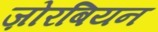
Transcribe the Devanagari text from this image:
ज़ोरबियन